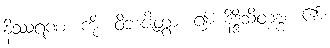
နိဿရဏံ၊ ကို။ ဝိဘဇိတွာ၊ ၍။ နိဒ္ဒိသိတဗ္ဗံ၊ ၏။